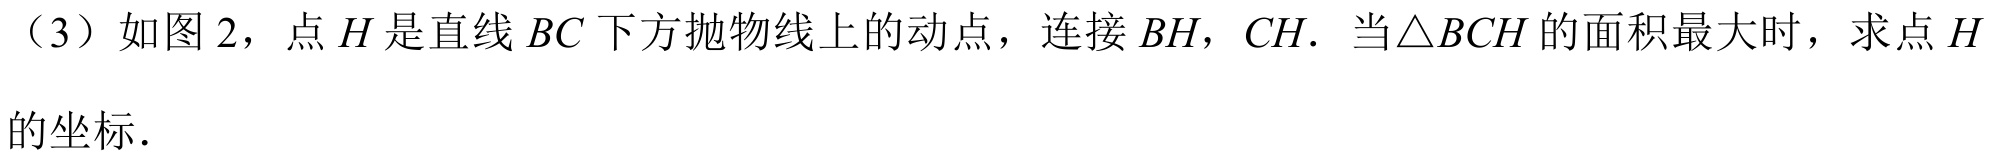
（3）如图2，点\(H\)是直线\(BC\)下方抛物线上的动点，连接\(BH\)，\(CH\). 当\(\triangle BCH\)的面积最大时，求点\(H\)的坐标.